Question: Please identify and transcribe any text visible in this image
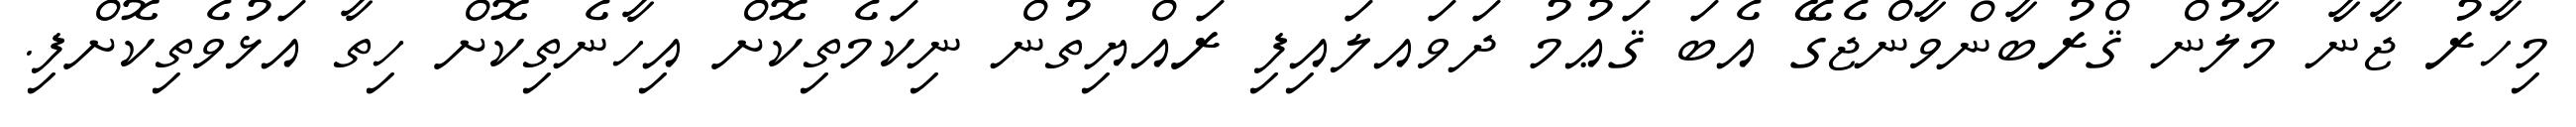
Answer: މިހާރު ޖާނާ މާލުން ޤްރުބާންވާންޖެގޭ އެބަ ޤަޢުމު ދަވައލައިފި ރައްޔިތުން ނިކަމެތިކޮށް އިހާނެތިކޮށް ހިތާ އަޅުވެތިކޮށްފި.